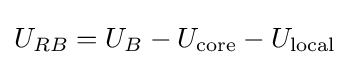
U_{RB}=U_{B}-U_{\text{core}}-U_{\text{local}}